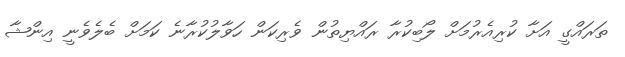
ތަރައްގީ އަށާ ކުރިއެރުމަށް ލޯބިކުރާ ރައްޔިތުން ވެރިކަން ހަވާލުކުރާނެ ކަމަށް ބެލެވެނީ އިންޝާ